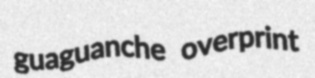
guaguanche overprint